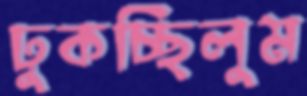
ঢুকচ্ছিলুম